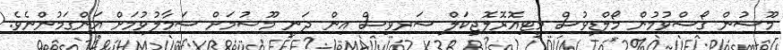
މޫސުން ގޯސްވުމުން މޯލްޑިވުސް މީޓިއޮރޮލޮޖިކަލް ސަރވިސް އިން ދަނީ މޫސުމަށް ސަމާލުވުމަށް އަންގަމުންނެވެ.